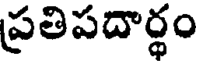
ప్రతిపదార్థం